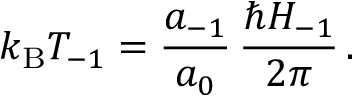
k _ { \mathrm { B } } T _ { - 1 } = \frac { a _ { - 1 } } { a _ { 0 } } \, \frac { \hbar H _ { - 1 } } { 2 \pi } \, .